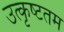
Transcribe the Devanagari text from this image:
उत्‍कृष्‍टतम